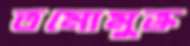
তমোমুক্ত